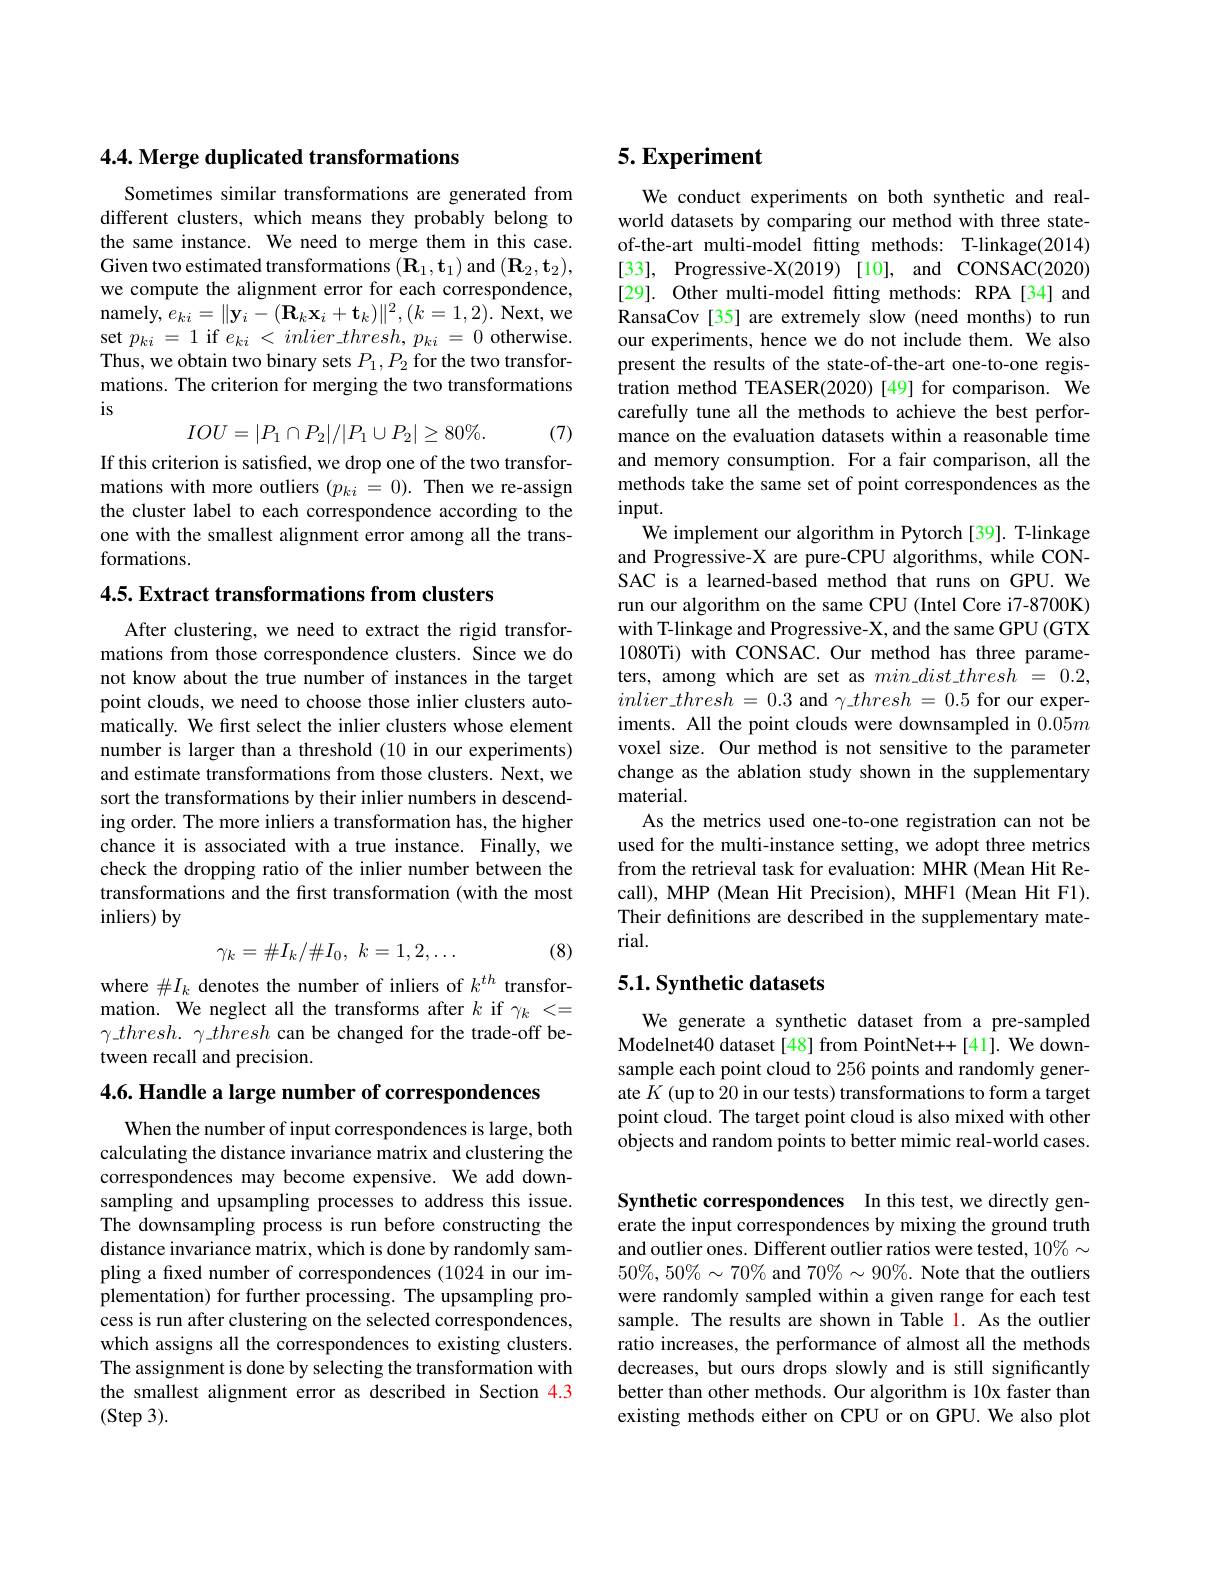
## $4. 4. \textbf{Merge duplicated transformations}$

Sometimes similar transformations are generated from different clusters, which means they probably belong to the same instance. We need to merge them in this case. Given two estimated transformations $(\mathbf{R}_{1},\mathbf{t}_{1})$ and $(\mathbf{R}_{2},\mathbf{t}_{2})$, we compute the alignment error for each correspondence, ${\mathrm{namely,~}e_{ki}=\|\mathbf{y}_{i}-(\mathbf{R}_{k}\mathbf{x}_{i}+\mathbf{t}_{k})\|^{2},(k=1,2).{\mathrm{~Next,~we}}}$ set $p_{ki}=1$ if $e_{ki}<inlier\_thresh,p_{ki}=0$ otherwise. Thus, we obtain two binary sets $P_1,P_2$ for the two transformations. The criterion for merging the two transformations is
$$IOU=|P_1\cap P_2|/|P_1\cup P_2|\geq80\%.$$
(7)

If this criterion is satisfied, we drop one of the two transformations with more outliers $(p_{ki}=0).$ Then we re-assign the cluster label to each correspondence according to the one with the smallest alignment error among all the transformations.

4.5. Extract transformations from clusters

After clustering, we need to extract the rigid transformations from those correspondence clusters. Since we do not know about the true number of instances in the target point clouds, we need to choose those inlier clusters automatically. We first select the inlier clusters whose element number is larger than a threshold (10 in our experiments) and estimate transformations from those clusters. Next, we sort the transformations by their inlier numbers in descending order. The more inliers a transformation has, the higher chance it is associated with a true instance. Finally, we check the dropping ratio of the inlier number between the transformations and the first transformation (with the most inliers) by

(8)
$$\gamma_k=\#I_k/\#I_0,\:k=1,2,\ldots $$
where $\#I_k$ denotes the number of inliers of $k^{th}$ transformation. We neglect all the transforms after $k$ if $\gamma_k<=$ $\gamma \_ thresh.$ $\gamma \_ thresh$ can be changed for the trade-off between recall and precision.

4.6. Handle a large number of correspondences

When the number of input correspondences is large, both calculating the distance invariance matrix and clustering the correspondences may become expensive. We add downsampling and upsampling processes to address this issue. The downsampling process is run before constructing the distance invariance matrix, which is done by randomly sampling a fixed number of correspondences (1024 in our implementation) for further processing. The upsampling process is run after clustering on the selected correspondences, which assigns all the correspondences to existing clusters. The assignment is done by selecting the transformation with the smallest alignment error as described in Section 4.3 $(\operatorname{Step}3).$

## $5. \textbf{Experiment}$

We conduct experiments on both synthetic and realworld datasets by comparing our method with three stateof-the-art multi-model fitting methods: T-linkage(2014) [33], Progressive-X(2019)[10], and CONSAC(2020) [29]. Other multi-model fitting methods: RPA[34] and RansaCov [35] are extremely slow (need months) to run our experiments, hence we do not include them. We also present the results of the state-of-the-art one-to-one registration method TEASER(2020)[49] for comparison. We carefully tune all the methods to achieve the best performance on the evaluation datasets within a reasonable time and memory consumption. For a fair comparison, all the methods take the same set of point correspondences as the $input.$
We implement our algorithm in Pytorch [39]. T-linkage and Progressive-X are pure-CPU algorithms, while CONSAC is a learned-based method that runs on GPU. We run our algorithm on the same CPU (Intel Core i7-8700K) with T-linkage and Progressive-X, and the same GPU (GTX 1080Ti) with CONSAC. Our method has three parameters, among which are set as $min\_dist\_thresh~=~0.2$, $inlier\_ thresh$ = 0.3 and $\gamma \_ thresh$ = 0.5 for our experiments. All the point clouds were downsampled in $0.05m$ voxel size. Our method is not sensitive to the parameter change as the ablation study shown in the supplementary material.
As the metrics used one-to-one registration can not be used for the multi-instance setting, we adopt three metrics from the retrieval task for evaluation: MHR (Mean Hit Recall), MHP (Mean Hit Precision), MHF1 (Mean Hit F1). Their definitions are described in the supplementary material.

## 5.1. Synthetic datasets

We generate a synthetic dataset from a pre-sampled Modelnet40 dataset [48] from PointNet++[41]. We downsample each point cloud to 256 points and randomly generate $K$ (up to 20 in our tests) transformations to form a target point cloud. The target point cloud is also mixed with other objects and random points to better mimic real-world cases.

Synthetic correspondences In this test, we directly gen-

erate the input correspondences by mixing the ground truth and outlier ones. Different outlier ratios were tested, $10\%\sim$ $50\%,50\%\sim70\%$ and $70\%\sim90\%$ Note that the outliers were randomly sampled within a given range for each test sample. The results are shown in Table 1. As the outlier ratio increases, the performance of almost all the methods decreases, but ours drops slowly and is still significantly better than other methods. Our algorithm is 10x faster than existing methods either on CPU or on GPU. We also plot